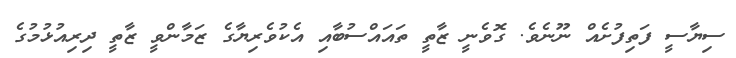
ސިޔާސީ ފަތިފުށެއް ނޫނެވެ. ގޮވެނީ ޒާތީ ތައައްސުބާއި އެކުވެރިޔާގެ ޒަމާންވީ ޒާތީ ދިރިއުޅުމުގެ